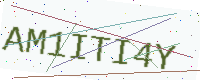
Text: AM1ITI4Y